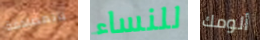
بالمصادفة للنساء ألومك